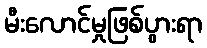
မီးလောင်မှုဖြစ်ပွားရာ